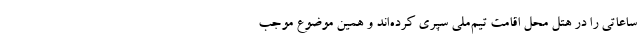
ساعاتی را در هتل محل اقامت تیم‌ملی سپری کرده‌اند و همین موضوع موجب